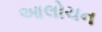
આલોચન